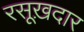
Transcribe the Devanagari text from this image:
रसूख़दार